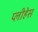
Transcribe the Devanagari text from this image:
प्लीहेस